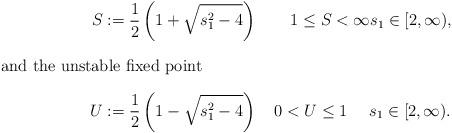
LaTeX: \begin{align*}S &:= \frac{1}{2}\left(1 + \sqrt{s_1^2-4}\right) \quad\quad1\le S < \infty s_1 \in [2,\infty),\\\intertext{and the unstable fixed point}U&:= \frac{1}{2}\left(1 - \sqrt{s_1^2-4}\right) \quad 0< U \le 1 \quad\ s_1 \in [2,\infty).\end{align*}